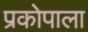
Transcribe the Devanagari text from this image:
प्रकोपाला